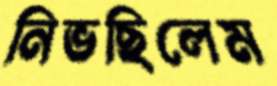
নিভছিলেম